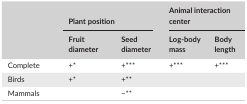
<table><thead><tr><td rowspan="2"></td><td colspan="2"><b>Plant position</b></td><td colspan="2"><b>Animal interaction center</b></td></tr><tr><td><b>Fruit diameter</b></td><td><b>Seed diameter</b></td><td><b>Log‐body mass</b></td><td><b>Body length</b></td></tr></thead><tbody><tr><td>Complete</td><td>+*</td><td>+***</td><td>+***</td><td>+***</td></tr><tr><td>Birds</td><td>+*</td><td>+**</td><td></td><td></td></tr><tr><td>Mammals</td><td></td><td>−**</td><td></td><td></td></tr></tbody></table>